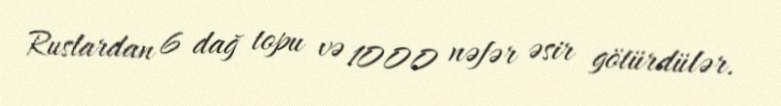
Ruslardan 6 dağ topu və 1000 nəfər əsir götürdülər.